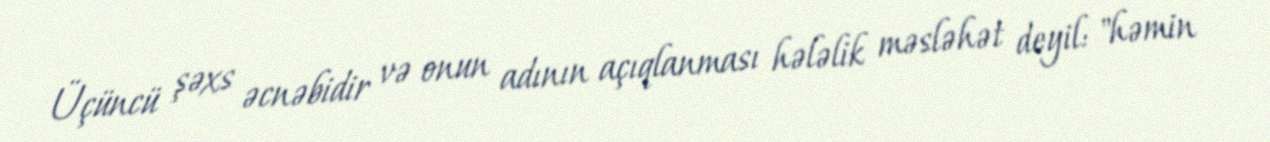
Üçüncü şəxs əcnəbidir və onun adının açıqlanması hələlik məsləhət deyil: "həmin